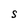
Character: S